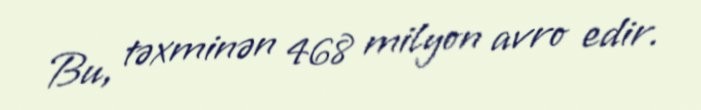
Bu, təxminən 468 milyon avro edir.